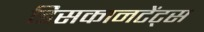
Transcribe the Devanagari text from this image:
डिसकानटेंट्स